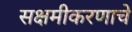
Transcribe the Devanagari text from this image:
सक्षमीकरणाचे